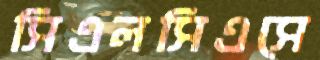
সিএলসিএসে